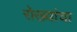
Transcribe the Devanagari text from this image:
रोख्यांचा